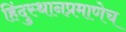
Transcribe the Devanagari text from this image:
हिंदुस्थानप्रमाणेच